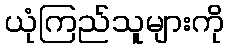
ယုံကြည်သူများကို